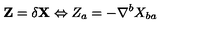
\mathbf { Z } = \delta \mathbf { X } \Leftrightarrow Z _ { a } = - \nabla ^ { b } X _ { b a }